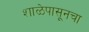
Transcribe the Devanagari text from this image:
शाळेपासूनचा